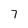
Character: 7